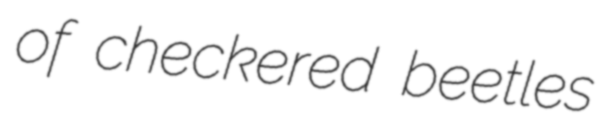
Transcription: of checkered beetles